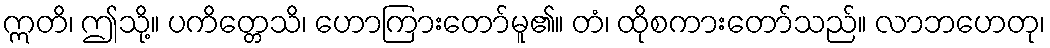
ဣတိ၊ ဤသို့။ ပကိတ္တေသိ၊ ဟောကြားတော်မူ၏။ တံ၊ ထိုစကားတော်သည်။ လာဘဟေတု၊